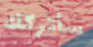
سأتركك